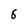
Character: 6